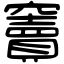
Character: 竇